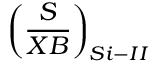
\left( \frac { S } { X B } \right) _ { S i - I I }